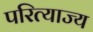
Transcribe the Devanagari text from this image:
परित्याज्य